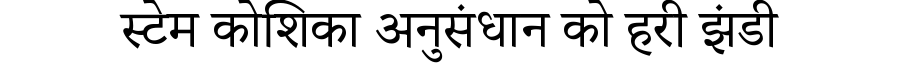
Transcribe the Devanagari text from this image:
स्टेम कोशिका अनुसंधान को हरी झंडी